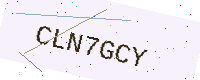
Text: CLN7GCY